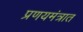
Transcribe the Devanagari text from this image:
प्रणयमंत्रात